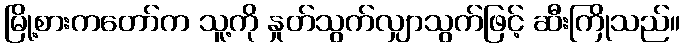
မြို့စားကတော်က သူ့ကို နှုတ်သွက်လျှာသွက်ဖြင့် ဆီးကြိုသည်။